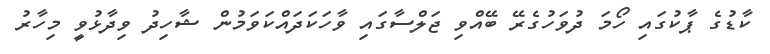
ކާޑުގެ ޕާކުގައި ހޯމަ ދުވަހުގެރޭ ބޭއްވި ޖަލްސާގައި ވާހަކަދައްކަވަމުން ޝާހިދު ވިދާޅުވީ މިހާރު